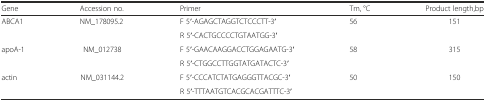
<table><thead><tr><td><b>Gene</b></td><td><b>Accession no.</b></td><td><b>Primer</b></td><td><b>Tm, °C</b></td><td><b>Product length,bp</b></td></tr></thead><tbody><tr><td rowspan="2">ABCA1</td><td rowspan="2">NM_178095.2 </td><td>F 5′-AGAGCTAGGTCTCCCTT-3′</td><td rowspan="2">56</td><td rowspan="2">151</td></tr><tr><td>R 5′-CACTGCCCCTGTAATGG-3′</td></tr><tr><td rowspan="2">apoA-1</td><td rowspan="2">NM_012738</td><td>F 5′-GAACAAGGACCTGGAGAATG-3′</td><td rowspan="2">58</td><td rowspan="2">315</td></tr><tr><td>R 5′-CTGGCCTTGGTATGATACTC-3′</td></tr><tr><td rowspan="2">actin</td><td rowspan="2">NM_031144.2</td><td>F 5′-CCCATCTATGAGGGTTACGC-3′</td><td rowspan="2">50</td><td rowspan="2">150</td></tr><tr><td>R 5′-TTTAATGTCACGCACGATTTC-3′</td></tr></tbody></table>